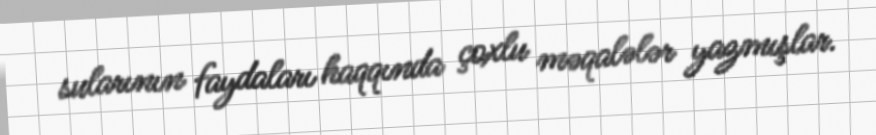
sularının faydaları haqqında çoxlu məqalələr yazmışlar.